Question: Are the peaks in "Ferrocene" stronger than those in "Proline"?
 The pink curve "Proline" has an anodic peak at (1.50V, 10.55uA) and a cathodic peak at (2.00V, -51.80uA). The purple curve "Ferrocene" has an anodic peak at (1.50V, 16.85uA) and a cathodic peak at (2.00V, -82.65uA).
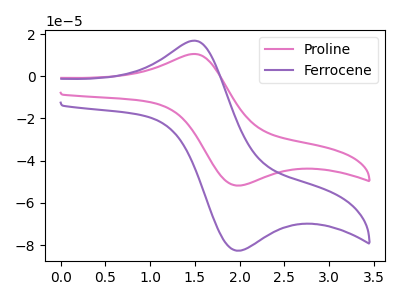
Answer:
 <answer>Every peak in "Ferrocene" is higher than every peak in "Proline".</answer>
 <eval>higher</eval>